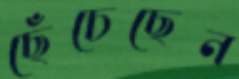
ছেঁচেছেন